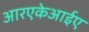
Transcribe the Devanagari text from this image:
आरएकेआईए